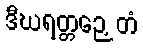
ဒီဃရတ္တဉှေတံ